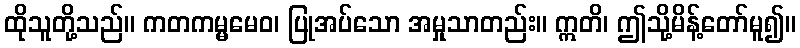
ထိုသူတို့သည်။ ကတကမ္မမေဝ၊ ပြုအပ်သော အမှုသာတည်း။ ဣတိ၊ ဤသို့မိန့်တော်မူ၍။